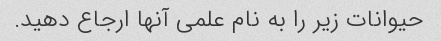
حیوانات زیر را به نام علمی آنها ارجاع دهید.